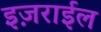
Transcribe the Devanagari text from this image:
इज़राईल